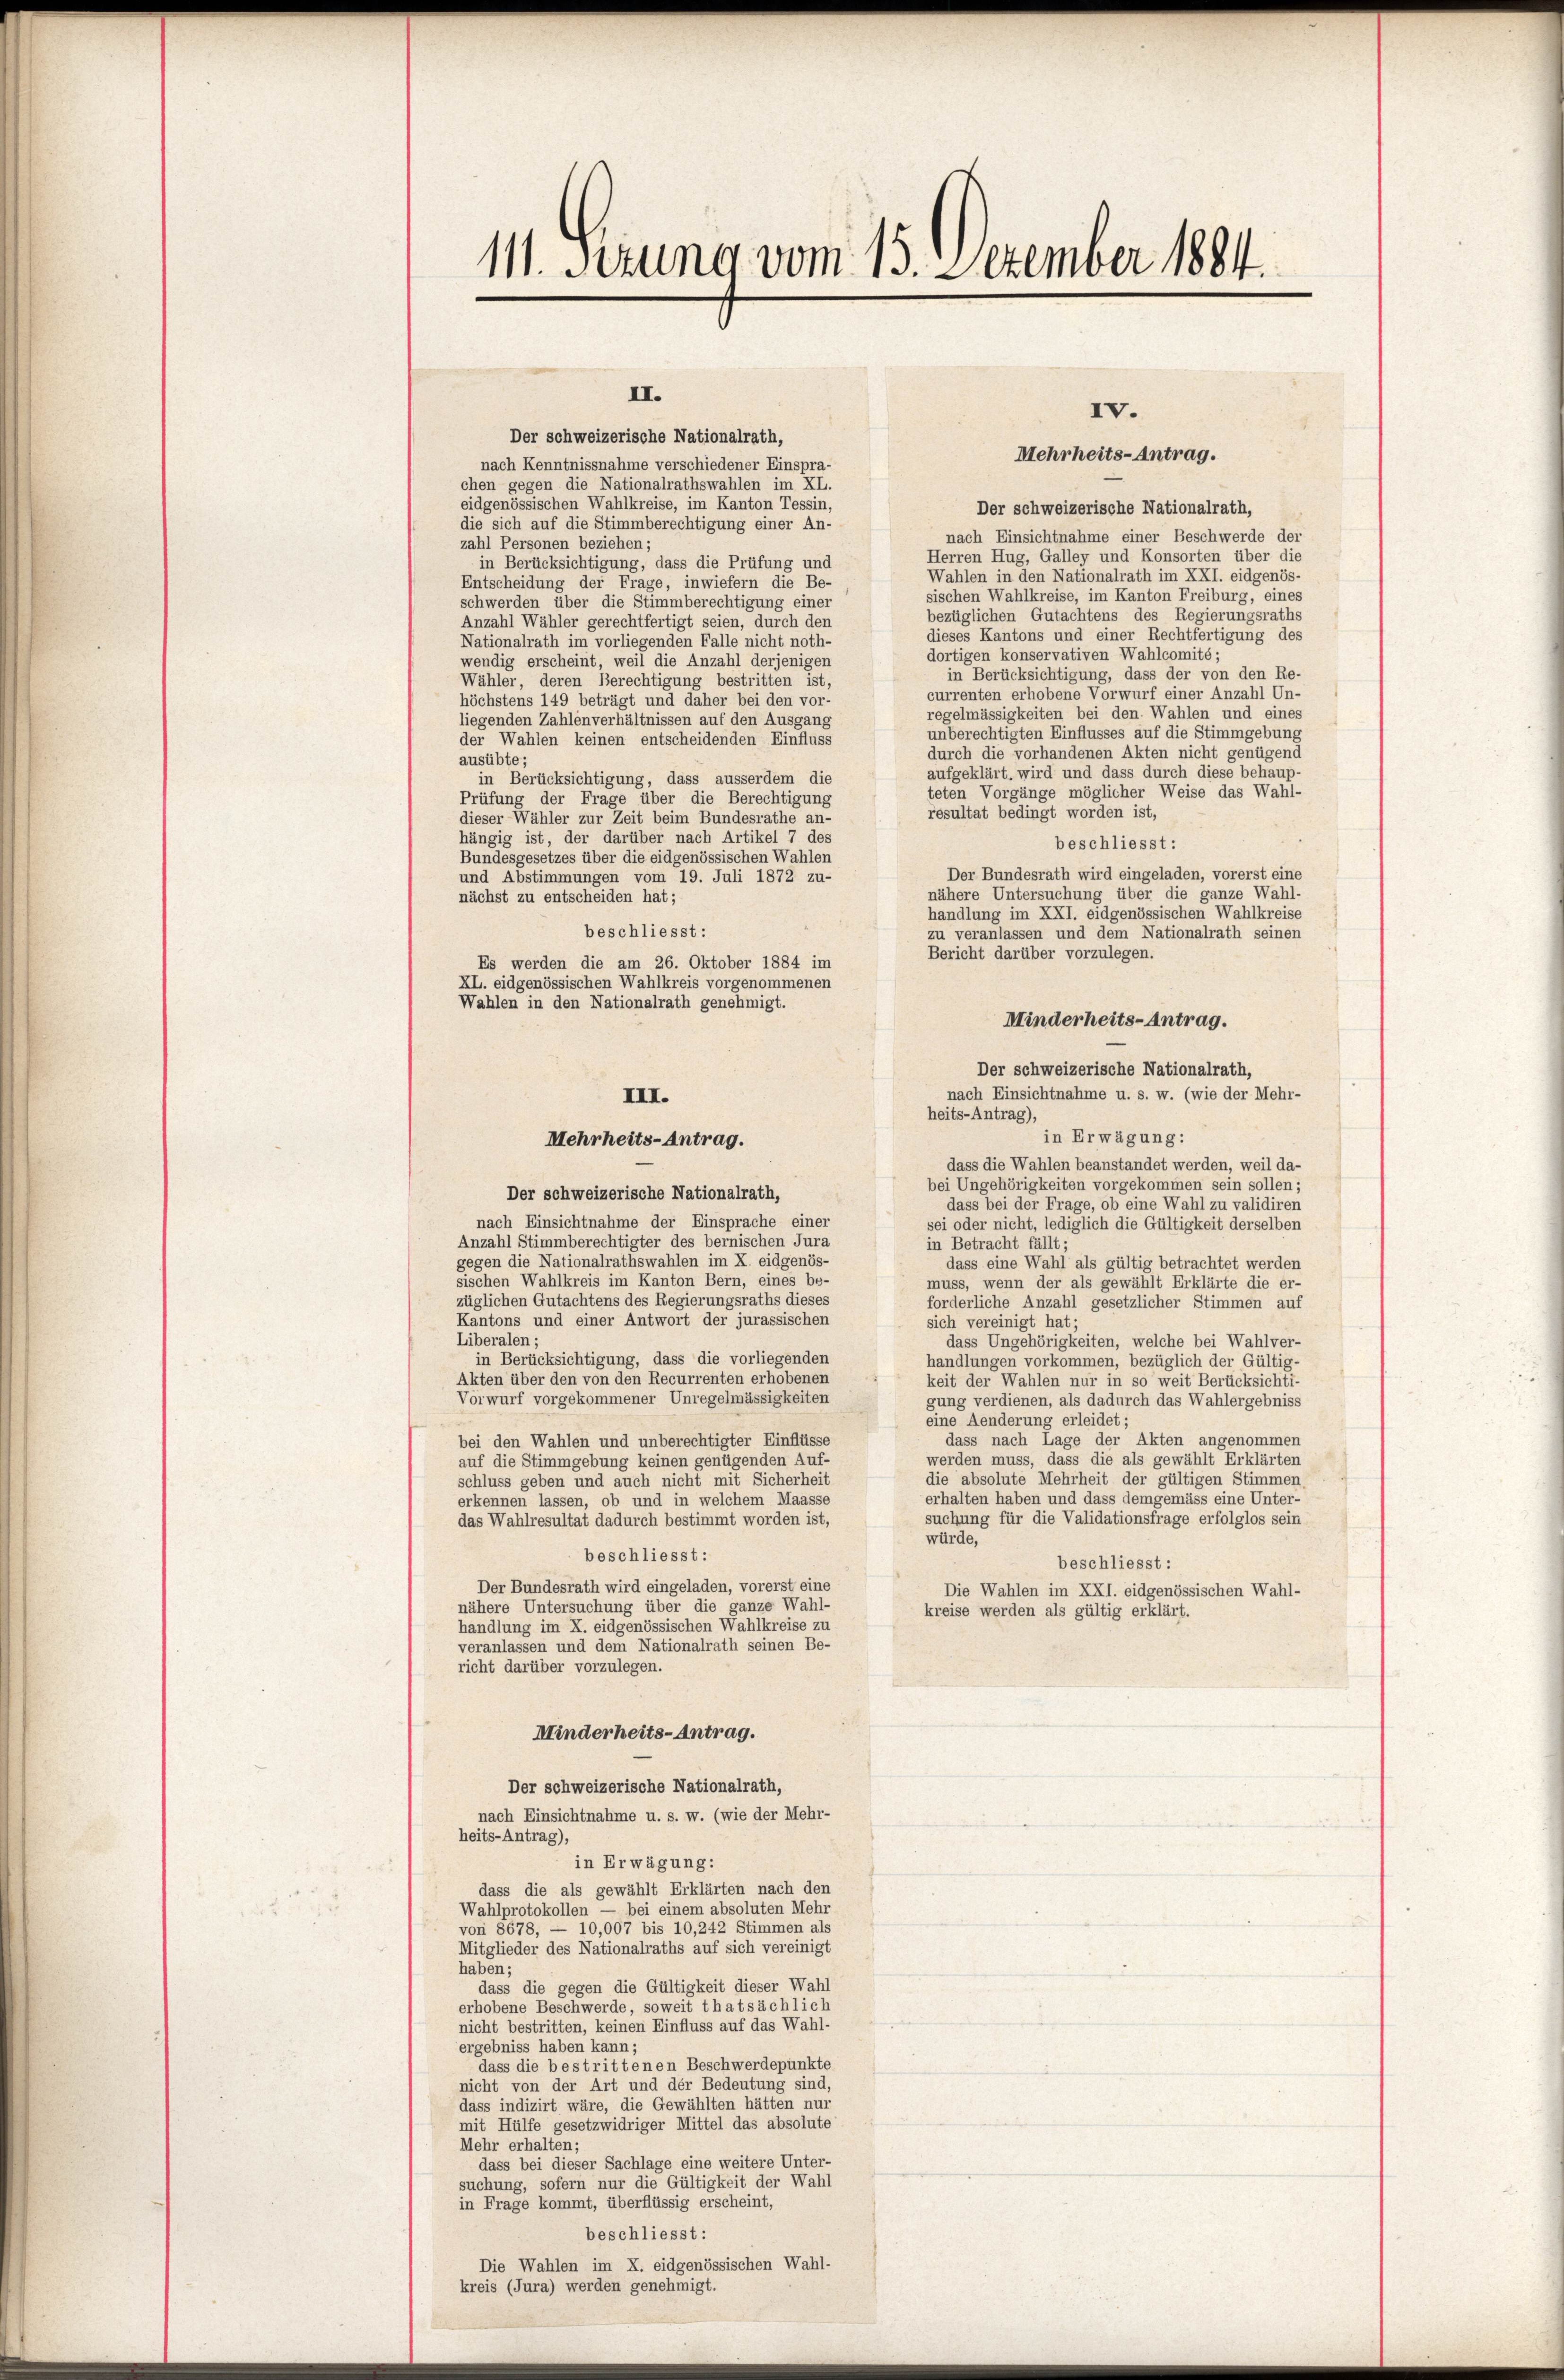
111. Stund vom 15. Dezember 1004.

II.
Der schweizerische Nationalrath,
nach Kenntnissnahme verschiedener Einspra-
chen gegen die Nationalrathswahlen im XL.
eidgenössischen Wahlkreise, im Kanton Tessin,
Der schweizerische Nationalrath,
die sich auf die Stimmberechtigung einer An-
nach Einsichtnahme einer Beschwerde der
zahl Personen beziehen;
Herren Hug, Galley und Konsorten über die
in Berücksichtigung, dass die Prüfung und
Wahlen in den Nationalrath im XXI. eidgenös-
Entscheidung der Frage, inwiefern die Be-
sischen Wahlkreise, im Kanton Freiburg, eines
schwerden über die Stimmberechtigung einer
bezüglichen Gutachtens des Regierungsraths
Anzahl Wähler gerechtfertigt seien, durch den
dieses Kantons und einer Rechtfertigung des
Nationalrath im vorliegenden Falle nicht noth-
dortigen konservativen Wahlcomité;
wendig erscheint, weil die Anzahl derjenigen
in Berücksichtigung, dass der von den Re-
Wähler, deren Berechtigung bestritten ist,
currenten erhobene Vorwurf einer Anzahl Un-
höchstens 149 beträgt und daher bei den vor-
regelmässigkeiten bei den Wahlen und eines
liegenden Zahlenverhältnissen auf den Ausgang
unberechtigten Einflusses auf die Stimmgebung
der Wahlen keinen entscheidenden Einfluss
durch die vorhandenen Akten nicht genügend
ausübte;
aufgeklärt, wird und dass durch diese behaup-
in Berücksichtigung, dass ausserdem die
teten Vorgänge möglicher Weise das Wahl-
Prüfung der Frage über die Berechtigung
resultat bedingt worden ist,
dieser Wähler zur Zeit beim Bundesrathe an-
hängig ist, der darüber nach Artikel 7 des
beschliesst:
Bundesgesetzes über die eidgenössischen Wahlen
Der Bundesrath wird eingeladen, vorerst eine
und Abstimmungen vom 19. Juli 1872 zu-
nähere Untersuchung über die ganze Wahl-
nächst zu entscheiden hat;
handlung im XXI. eidgenössischen Wahlkreise
beschliesst:
zu veranlassen und dem Nationalrath seinen
Bericht darüber vorzulegen.
Es werden die am 26. Oktober 1884 im
XL. eidgenössischen Wahlkreis vorgenommenen
Wahlen in den Nationalrath genehmigt.
Minderheits-Antrag.
Der schweizerische Nationalrath,
nach Einsichtnahme u. s. w. (wie der Mehr-
heits-Antrag),
in Erwägung:
Mehrheits-Antrag.
dass die Wahlen beanstandet werden, weil da-
bei Ungehörigkeiten vorgekommen sein sollen;
Der schweizerische Nationalrath,
dass bei der Frage, ob eine Wahl zu validiren
nach Einsichtnahme der Einsprache einer
sei oder nicht, lediglich die Gültigkeit derselben
Anzahl Stimmberechtigter des bernischen Jura
in Betracht fällt;
gegen die Nationalrathswahlen im K. eidgenös-
dass eine Wahl als gültig betrachtet werden
sischen Wahlkreis im Kanton Bern, eines be-
muss, wenn der als gewählt Erklärte die er-
züglichen Gutachtens des Regierungsraths dieses
forderliche Anzahl gesetzlicher Stimmen auf
Kantons und einer Antwort der jurassischen
sich vereinigt hat;
Liberalen;
dass Ungehörigkeiten, welche bei Wahlver-
in Berücksichtigung, dass die vorliegenden
handlungen vorkommen, bezüglich der Gültig-
Akten über den von den Recurrenten erhobenen
keit der Wahlen nur in so weit Berücksichti-
Vorwurf vorgekommener Unregelmässigkeiten
gung verdienen, als dadurch das Wahlergebniss
eine Aenderung erleidet;
dass nach Lage der Akten angenommen
bei den Wahlen und unberechtigter Einflüsse
werden muss, dass die als gewählt Erklärten
auf die Stimmgebung keinen genügenden Auf-
die absolute Mehrheit der gültigen Stimmen,
schluss geben und auch nicht mit Sicherheit
erhalten haben und dass demgemäss eine Unter-
erkennen lassen, ob und in welchem Maasse
suchung für die Validationsfrage erfolglos sein
das Wahlresultat dadurch bestimmt worden ist,
würde,
beschliesst:
beschliesst:
Der Bundesrath wird eingeladen, vorerst eine
Die Wahlen im XXI. eidgenössischen Wahl-
nähere Untersuchung über die ganze Wahl-
kreise werden als gültig erklärt.
handlung im K. eidgenössischen Wahlkreise zu
veranlassen und dem Nationalrath seinen Be-
richt darüber vorzulegen.
Minderheits-Antrag.
Der schweizerische Nationalrath,
nach Einsichtnahme u. s. w. (wie der Mehr-
heits-Antrag),
in Erwägung:
dass die als gewählt Erklärten nach den
Wahlprotokollen — bei einem absoluten Mehr
von 8678, — 10,007 bis 10,242 Stimmen als
Mitglieder des Nationalraths auf sich vereinigt
haben;
dass die gegen die Gültigkeit dieser Wahl
erhobene Beschwerde, soweit thatsächlich
nicht bestritten, keinen Einfluss auf das Wahl-
ergebniss haben kann;
dass die bestrittenen Beschwerdepunkte
nicht von der Art und der Bedeutung sind,
dass indizirt wäre, die Gewählten hätten nur
mit Hülfe gesetzwidriger Mittel das absolute
Mehr erhalten;
dass bei dieser Sachlage eine weitere Unter-
suchung, sofern nur die Gültigkeit der Wahl
in Frage kommt, überflüssig erscheint,
beschliesst:
Die Wahlen im K. eidgenössischen Wahl-
kreis (Jura) werden genehmigt.

III.

IV.
Mehrheits-Antrag.